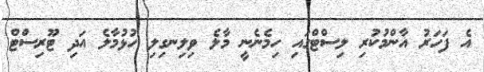
އެ ފަހަރު އާންމުކުރި ލިސްޓްގައި ހިމެނެނީ މާލެ ވިލިނގިލި ހުޅުމާލެ އަދި ޓޫރިސްޓް